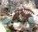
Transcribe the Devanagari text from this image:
घंश्याम